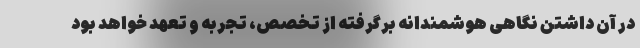
در آن داشتن نگاهی هوشمندانه برگرفته از تخصص، تجربه و تعهد خواهد بود